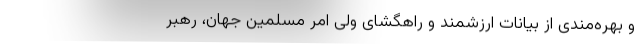
و بهره‌مندی از بیانات ارزشمند و راهگشای ولی امر مسلمین جهان، رهبر